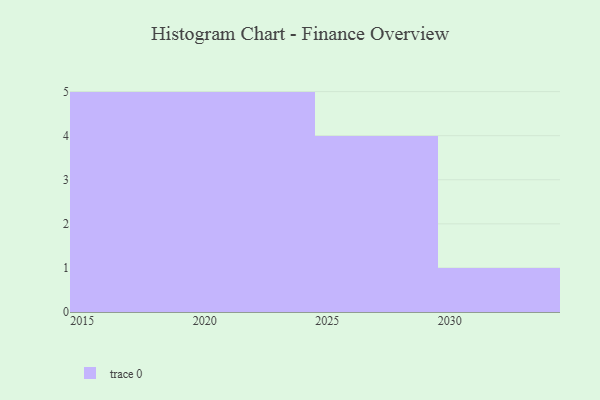
{"axis": {"x": "Year", "y": "Budget (USD K)"}, "legend": [""], "data": [{"x": "2020", "y": 49, "type": ""}, {"x": "2023", "y": 59, "type": ""}, {"x": "2028", "y": 40, "type": ""}, {"x": "2017", "y": 75, "type": ""}, {"x": "2016", "y": 15, "type": ""}, {"x": "2027", "y": 64, "type": ""}, {"x": "2030", "y": 81, "type": ""}, {"x": "2022", "y": 85, "type": ""}, {"x": "2024", "y": 67, "type": ""}, {"x": "2019", "y": 1, "type": ""}, {"x": "2015", "y": 41, "type": ""}, {"x": "2025", "y": 98, "type": ""}, {"x": "2026", "y": 57, "type": ""}, {"x": "2018", "y": 88, "type": ""}, {"x": "2021", "y": 83, "type": ""}]}